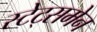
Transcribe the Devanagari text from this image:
स्‍टेट्समेन